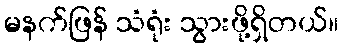
မနက်ဖြန် သံရုံး သွားဖို့ရှိတယ်။